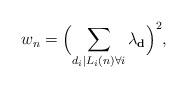
LaTeX: \begin{align*}w_n=\Bigl(\sum_{d_i|L_i(n)\forall i}\lambda_{\mathbf{d}}\Bigr)^2,\end{align*}